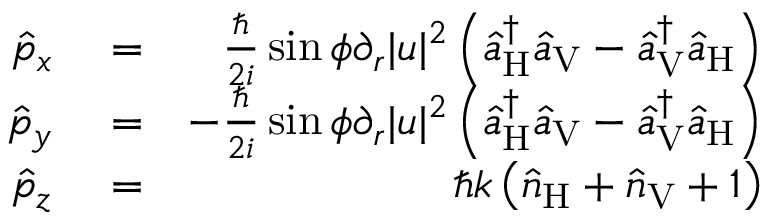
\begin{array} { r l r } { \hat { p } _ { x } } & { { } = } & { \frac { \hbar } { 2 i } \sin \phi \partial _ { r } | u | ^ { 2 } \left( \hat { a } _ { \mathrm { H } } ^ { \dagger } \hat { a } _ { \mathrm { V } } - \hat { a } _ { \mathrm { V } } ^ { \dagger } \hat { a } _ { \mathrm { H } } \right) } \\ { \hat { p } _ { y } } & { { } = } & { - \frac { \hbar } { 2 i } \sin \phi \partial _ { r } | u | ^ { 2 } \left( \hat { a } _ { \mathrm { H } } ^ { \dagger } \hat { a } _ { \mathrm { V } } - \hat { a } _ { \mathrm { V } } ^ { \dagger } \hat { a } _ { \mathrm { H } } \right) } \\ { \hat { p } _ { z } } & { { } = } & { \hbar k \left( \hat { n } _ { \mathrm { H } } + \hat { n } _ { \mathrm { V } } + 1 \right) } \end{array}